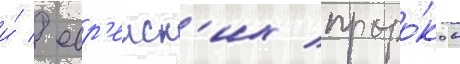
и́ / евр'еиск'их проро́ков